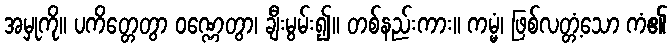
အမှုကို။ ပကိတ္တေတွာ ဝဏ္ဏေတွာ၊ ချီးမွမ်း၍။ တစ်နည်းကား။ ကမ္မံ၊ ဖြစ်လတ္တံ့သော ကံ၏